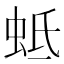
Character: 蚳